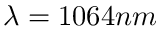
\protect \lambda = 1 0 6 4 n m